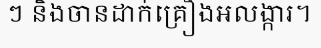
ៗ និងចានដាក់គ្រឿងអលង្ការ។